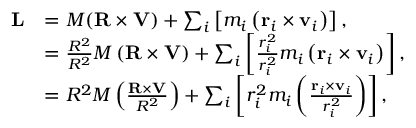
{ \begin{array} { r l } { \mathbf { L } } & { = M ( \mathbf { R } \times \mathbf { V } ) + \sum _ { i } \left[ m _ { i } \left( \mathbf { r } _ { i } \times \mathbf { v } _ { i } \right) \right] , } \\ & { = { \frac { R ^ { 2 } } { R ^ { 2 } } } M \left( \mathbf { R } \times \mathbf { V } \right) + \sum _ { i } \left[ { \frac { r _ { i } ^ { 2 } } { r _ { i } ^ { 2 } } } m _ { i } \left( \mathbf { r } _ { i } \times \mathbf { v } _ { i } \right) \right] , } \\ & { = R ^ { 2 } M \left( { \frac { \mathbf { R } \times \mathbf { V } } { R ^ { 2 } } } \right) + \sum _ { i } \left[ r _ { i } ^ { 2 } m _ { i } \left( { \frac { \mathbf { r } _ { i } \times \mathbf { v } _ { i } } { r _ { i } ^ { 2 } } } \right) \right] , } \end{array} }